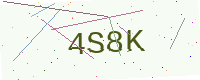
Text: 4S8K